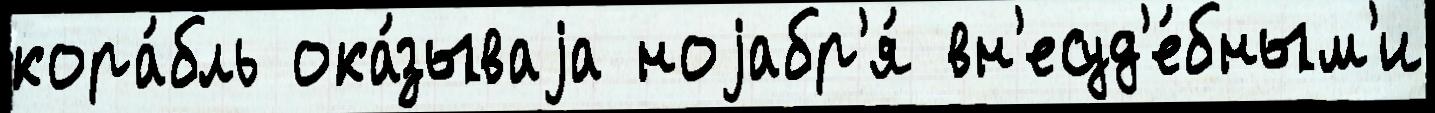
кора́бль ока́зываjа ноjабр'я́ вн'есуд'е́бным'и